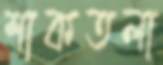
শাকতলা